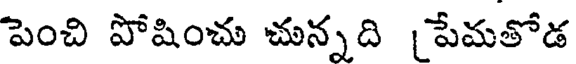
పెంచి పోషించు చున్నది (పేమతోడ